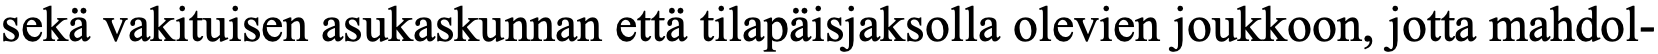
sekä vakituisen asukaskunnan että tilapäisjaksolla olevien joukkoon, jotta mahdol-